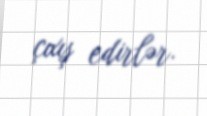
çıxış edirlər.